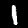
Digit: 1